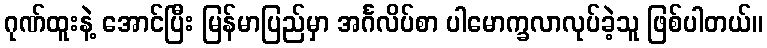
ဂုဏ်ထူးနဲ့ အောင်ပြီး မြန်မာပြည်မှာ အင်္ဂလိပ်စာ ပါမောက္ခလာလုပ်ခဲ့သူ ဖြစ်ပါတယ်။